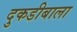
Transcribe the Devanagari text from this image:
दुकडीबाला